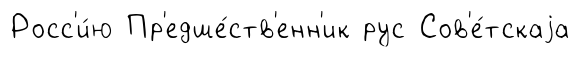
Росс'и́ю Пр'едше́ств'енн'ик рус Сов'е́тскаjа